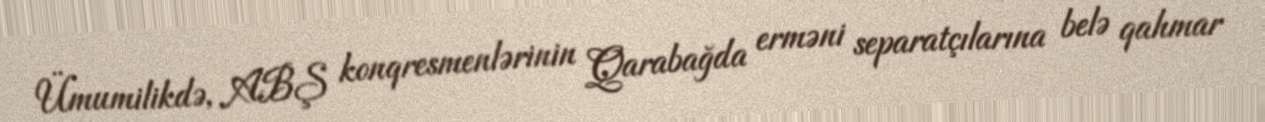
Ümumilikdə, ABŞ konqresmenlərinin Qarabağda erməni separatçılarına belə qahmar